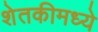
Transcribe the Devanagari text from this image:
शेतकीमध्ये